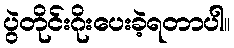
ပွဲတိုင်းဂိုးပေးခဲ့ရတာပါ။